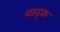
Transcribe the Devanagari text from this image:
वाद्क